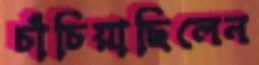
চাঁচিয়াছিলেন